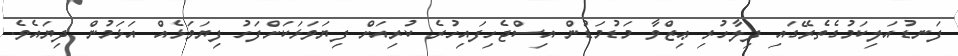
ފަނޑުއަލިކަމުގެތެރޭގައި ފިލާހުރި ޢިޒްވާ މަޑުމަޑުން އިސްޖެހިފައިހުރެ ކުރިއަށް ފިޔަވަޅަކަށްފަހު ފިޔަވަޅެއް އަޅަމުން ދިޔައެވެ.